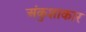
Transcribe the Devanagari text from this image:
अंकुशाकार